Reports on military cantonments and civil stations in the Presidency of Bombay inspected by the Sanitary Commissioner in the years 1875 and 1876
Year: 1875
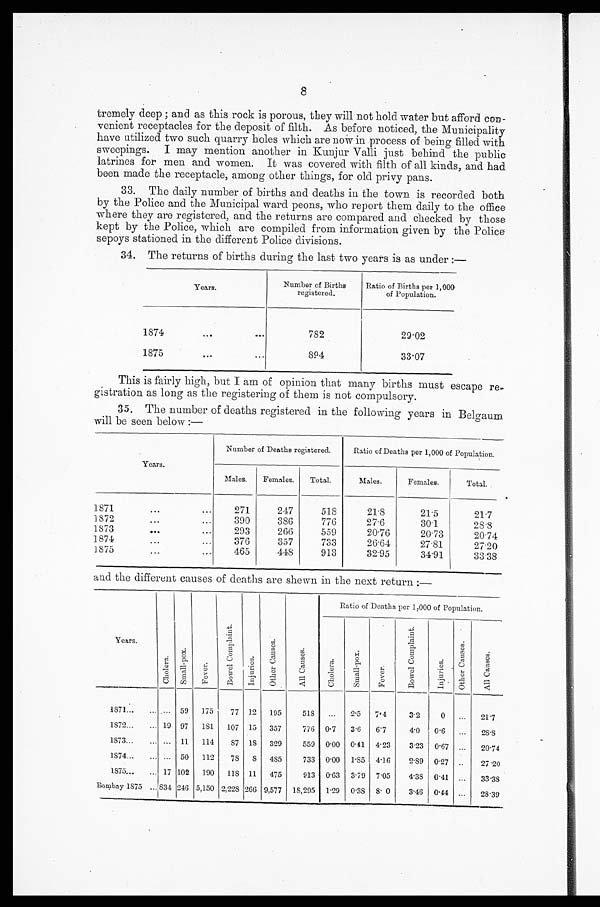
8
tremely deep; and as this rock is porous, they will not hold water but afford con
-venient receptacles for the deposit of filth. As before noticed, the Municipality
have utilized two such quarry holes which are now in process of being filled with
sweepings. I may mention another in Kunjur Valli just behind the public
latrines for men and women. It was covered with filth of all kinds, and had
been made the receptacle, among other things, for old privy pans.
33. The daily number of births and deaths in the town. is recorded both
by the Police and the Municipal ward peons, who report them daily to the office
where they are registered, and the returns are compared and checked by those
kept by the Police, which are compiled from information given by the Police
sepoys stationed in the different Police divisions.
34. The returns of births during the last two years is as under :—
Years.
Number of Births
registered.
Ratio of Births per 1,000
of Population.
1874 . . .
782
29.02
1875 . . .
894
33.07
This is fairly high, but I am of opinion that many births must escape re
-gistration as long as the registering of them is not compulsory.
35. The number of deaths registered in the following years in Belgaum
will be seen below :—
Years.
Number of Deaths registered.
Ratio of Deaths per 1,000 of Population.
Males.
Females.
Total.
Males.
Females.
Total.
1871 . . .
271
247
518
21.8
21.5
21.7
1872 . . .
390
386
776
27.6
30.1
28.8
1873 . . .
293
266
559
20.76
20.73
20.74
1874 . . .
376
357
733
26.64
27.81
27.20
1875 . . .
465
448
913
32.95
34.91
33.38
and the different causes of deaths are shewn in the next return :—
Years.
C h o l e r a .
S ma l l - p o x
F e v e r .
B o w e l C o m p l a i n t .
I n j u r i e s .
O t h e r C a u s e s .
A l l C a u s e s .
Ratio of Deaths per 1,000 of Population.
C h o l e r a .
S m a l l - p o x .
F e v e r .
B o w e l C o m p l a i n t .
I n j u r i e s .
O t h e r C a u s e s .
A l l C a u s e s .
1 8 7 1 . . .
. . . 59
175
77 12
195
518
. . .
2.5
7.4
3.2
0
. . .
21.7
1872 . . .
19 97
181
107 15
357
776 0.7
3.6
6.7
4.0
0.6
. . .
28.8
1873 . . .
. . . 11
114
87 18
329
559 0.00 0.41 4.23
3.23 0.67
. . .
20.74
1874 . . .
. . . 50
112
78
8 485
733 0.00 1.85 4.16
2.89 0.27
. . .
27.20
1875 . . .
17 102
190
118 11
475
913 0.63 3.79 7.05
4.38 0.41
. . .
33.38
Bombay 1875 . . . 834 246 5,150 2,228 266 9,577 18,295 1.29 0.38
8.0
3.46 0.44
. . .
28.39